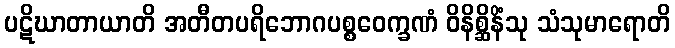
ပဋိဃာတာယာတိ အတီတပရိဘောဂပစ္စဝေက္ခဏံ ဝိနိစ္ဆိနိံသု သံသုမာရောတိ